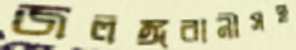
জলঙ্গরানীসহ